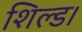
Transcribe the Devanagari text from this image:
शिल्ड।